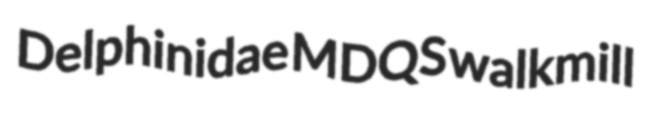
Delphinidae MDQS walkmill